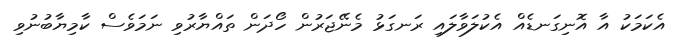
އެކަމަކު އާ އޮނިގަނޑެއް އެކުލަވާލައި ރަނގަޅު މެނޭޖަރުން ހޯދަން ތައްޔާރުވި ނަމަވެސް ކާމިޔާބުނުވި